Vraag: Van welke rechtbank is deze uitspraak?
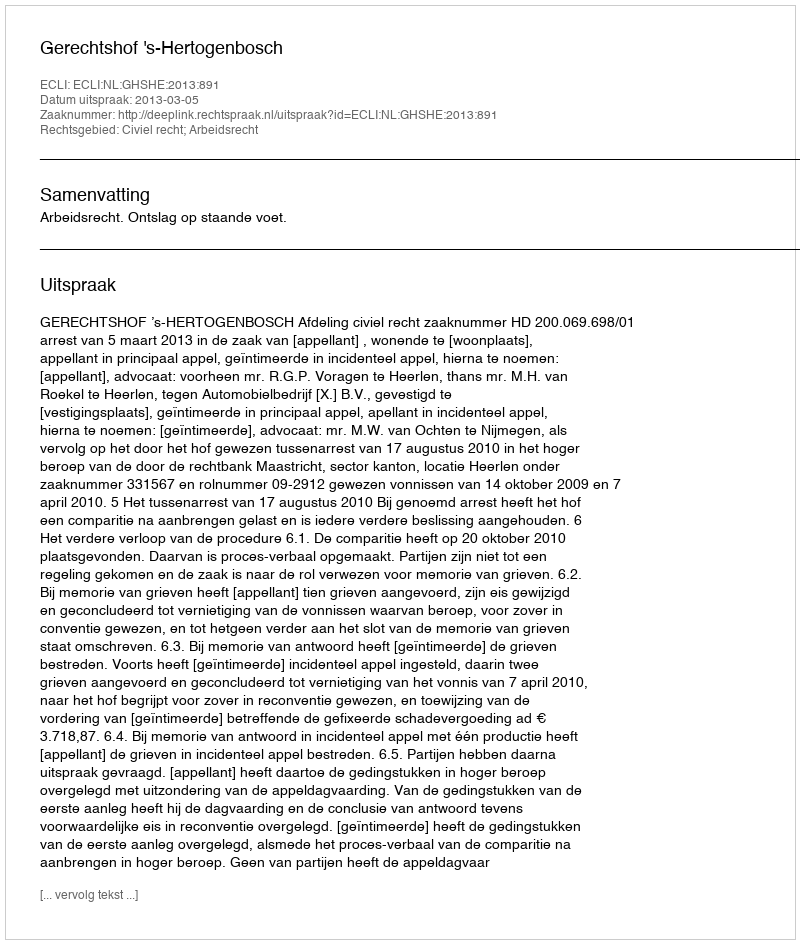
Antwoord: Gerechtshof 's-Hertogenbosch